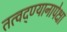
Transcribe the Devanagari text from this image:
तत्वद्ण्यानापेक्षा